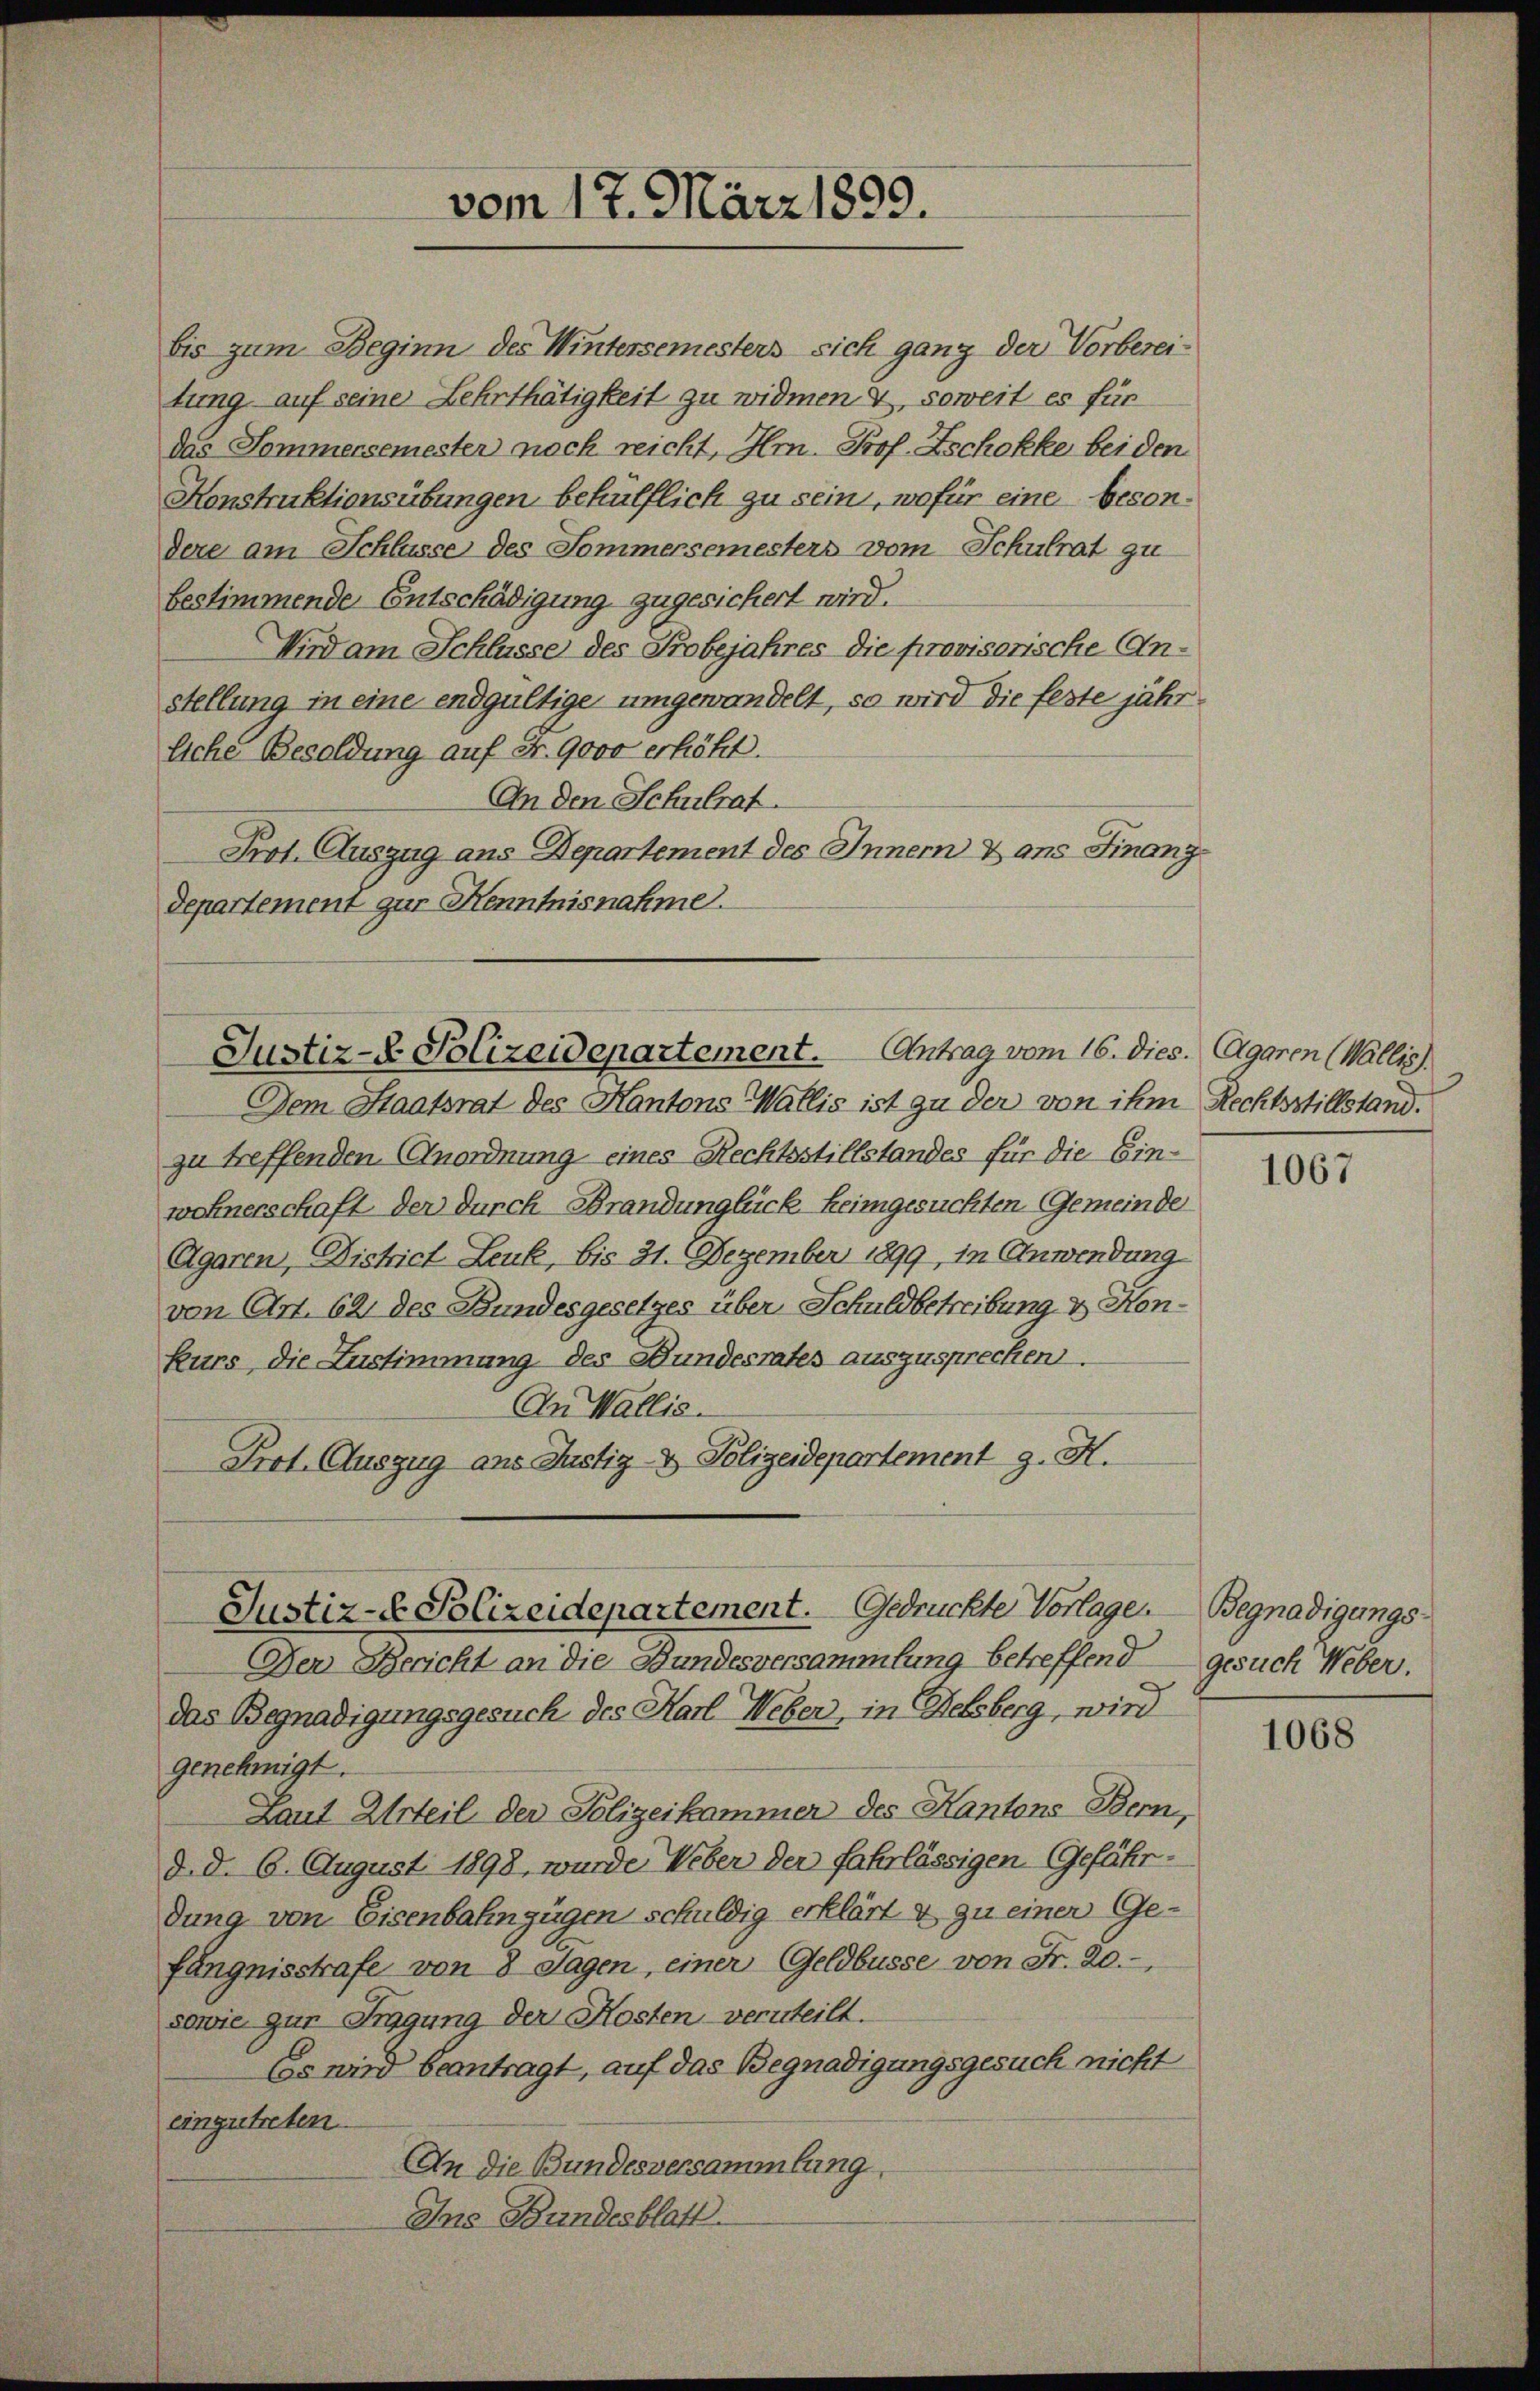
bis zum Beginn des Wintersemesters sich ganz der Vorbereitung auf seine Lehrthätigkeit zu widmen. 4, soweit es für
das Sommersemester noch reicht, Hr. Prof. Zschokke beiden
Konstruktionsübungen behülflich zu sein, wofür eine besondere am Schlasse des Sommersemesters vom Schulrat zu
bestimmende Entschädigung zugesichert wird.
Wird am Schlüsse des Probejahres die provisorische Anstellung in eine endgültige umgewandelt, so wird die feste jährliche Besoldung auf Fr. 9000 erhöht.
An den Schulrat
Prot. Auszug aus Departement des Innern & aus Finanzdepartement zur Kenntnisnahme.

vom 17. März 1899.

Justiz- & Polizeidepartement. Antrag vom 16. dies. Agaren (Wallis

Dem Staatsrat des Kantons Wallis ist zu der von ihm Rechtsstillstand.
zu treffenden Anordnung eines Rechtsstillstandes für die Einwohnerschaft der durch Brandunglück keimgesuchten Gemeinde
Agaren, District Leuk, bis 21. Dezember 1899 in Anwendung
von Art. 62 des Bundesgesetzes über Schuldbetreibung & Honkurs die Zustimmung des Bundesrates auszusprechen.
In Wallis.
Prot. Auszug ans Justiz- & Polizeidepartement g. H.

Der Bericht an die Bundesversammlung betreffend gesuch Weber.
das Begnadigungsgesuch des Karl Weber, in Delsberg, wird
genehmigt.
Laut Urteil der Polizeikammer des Kantons Bern,
d. d. 6. August 1898, wurde Weber der fahrlässigen Gefährdung von Eisenbahnzügen schuldig erklärt & zu einer Gefängnisstrafe von 8 Tagen, einer Geldbusse von Fr. 20.-
sowie zur Tragung der Kosten verurteilt.
Es wird beantragt, auf das Begnadigungsgesuch nicht
eingetreten
An die Bundesversammlung,
Ins Bundesblatt.

Justiz- & Polizeidepartement. Gedruckte Vorlage. Begnadigungs-

1067

1068